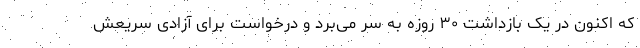
که اکنون در یک بازداشت ۳۰ روزه به سر می‌برد و درخواست برای آزادی سریعش